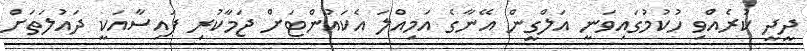
ދީދީ ކުރެއްވި ހުކުމުގައިވަނީ އަލްގީން އޭނާގެ އަމިއްލަ އެކައުންޓަށް ޖަމާކުރި ފައިސާއަކީ ދައުލަތަށް